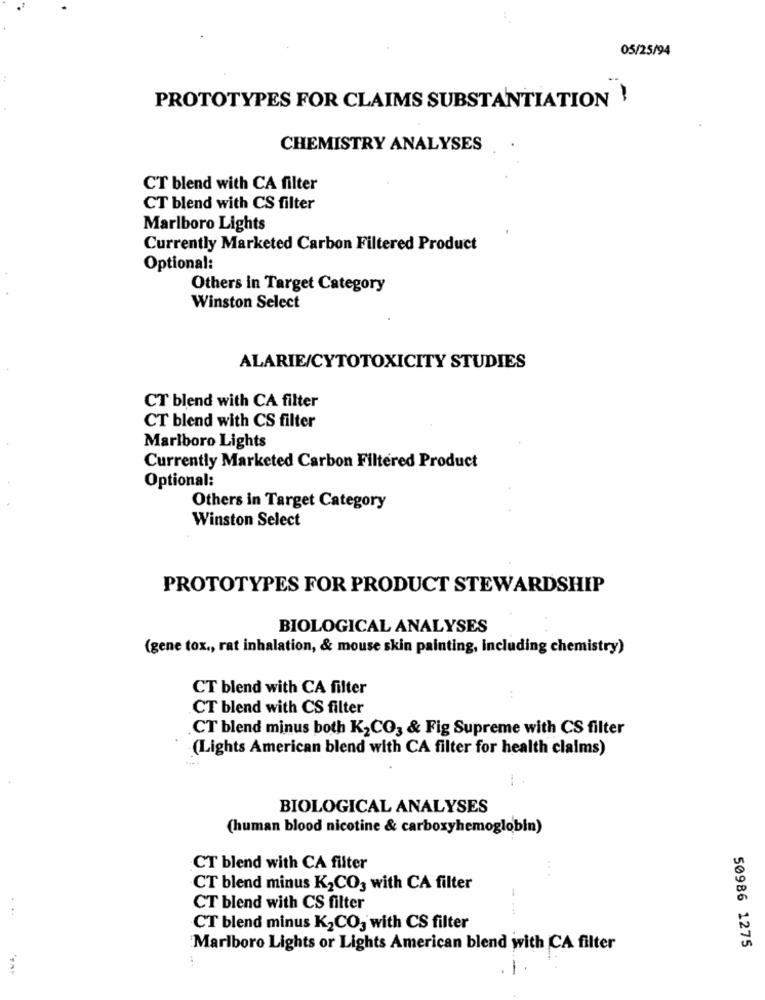
05/25/94
PROTOTYPES FOR CLAIMS SUBSTANTIATION !
CHEMISTRY ANALYSES
CT blend with CA filter
CT blend with CS filter
Marlboro Lights
Currently Marketed Carbon Filtered Product
Optional:
Others in Target Category
Winston Select
ALARIE/CYTOTOXICITY STUDIES
CT blend with CA filter
CT blend with CS filter
Marlboro Lights
Currently Marketed Carbon Filtered Product
Optional:
Others in Target Category
Winston Select
PROTOTYPES FOR PRODUCT STEWARDSHIP
BIOLOGICAL ANALYSES
(gene tox ., rat inhalation, & mouse skin painting, including chemistry)
CT blend with CA filter
CT blend with CS filter
CT blend minus both K2CO3 & Fig Supreme with CS filter
(Lights American blend with CA filter for health claims)
BIOLOGICAL ANALYSES
(human blood nicotine & carboxyhemoglobin)
CT blend with CA filter
CT blend minus K2CO3 with CA filter
CT blend with CS filter
CT blend minus K2CO3 with CS filter
Marlboro Lights or Lights American blend with CA filter
50986 1275
:
--